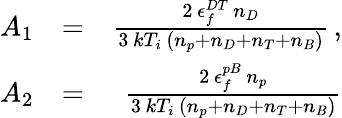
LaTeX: \begin{array}{rlr}{A_{1}}&{=}&{\frac{2\, \epsilon_{f}^{DT}\, n_{D}}{3\, kT_{i}\, \left(n_{p}+n_{D}+n_{T}+n_{B}\right)}\, ,}\\ {A_{2}}&{=}&{\frac{2\, \epsilon_{f}^{pB}\, n_{p}}{3\, kT_{i}\, \left(n_{p}+n_{D}+n_{T}+n_{B}\right)}}\end{array}